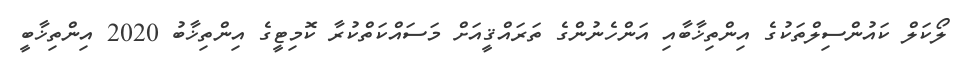
ލޯކަލް ކައުންސިލްތަކުގެ އިންތިޚާބާއި އަންހެނުންގެ ތަރައްޤީއަށް މަސައްކަތްކުރާ ކޮމިޓީގެ އިންތިޚާބު 2020 އިންތިޚާބީ